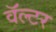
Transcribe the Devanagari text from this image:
वॅल्टर